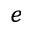
^ { e }